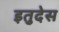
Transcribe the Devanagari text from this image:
इतुदेस